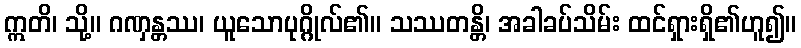
ဣတိ၊ သို့။ ဂဏှန္တဿ၊ ယူသောပုဂ္ဂိုလ်၏။ သဿတန္တိ၊ အခါခပ်သိမ်း ထင်ရှားရှိ၏ဟူ၍။